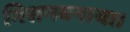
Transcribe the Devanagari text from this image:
मिशनबनाया।